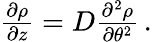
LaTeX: \begin{array}{r}{{\frac{\partial\rho}{\partial z}}=D{\frac{\partial^{2}\rho}{\partial\theta^{2}}}\, .}\end{array}